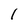
Character: I